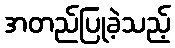
အတည်ပြုခဲ့သည့်